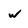
Character: w